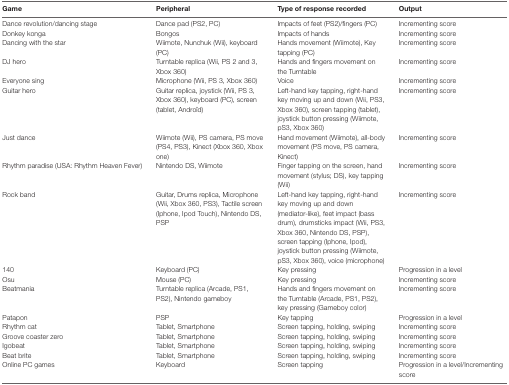
<table><thead><tr><td><b>Game</b></td><td><b>Peripheral</b></td><td><b>Type of response recorded</b></td><td><b>Output</b></td></tr></thead><tbody><tr><td>Dance revolution/dancing stage</td><td>Dance pad (PS2, PC)</td><td>Impacts of feet (PS2)/fingers (PC)</td><td>Incrementing score</td></tr><tr><td>Donkey konga</td><td>Bongos</td><td>Impacts of hands</td><td>Incrementing score</td></tr><tr><td>Dancing with the star</td><td>Wiimote, Nunchuk (Wii), keyboard (PC)</td><td>Hands movement (Wiimote), Key tapping (PC)</td><td>Incrementing score</td></tr><tr><td>DJ hero</td><td>Turntable replica (Wii, PS 2 and 3, Xbox 360)</td><td>Hands and fingers movement on the Turntable</td><td>Incrementing score</td></tr><tr><td>Everyone sing</td><td>Microphone (Wii, PS 3, Xbox 360)</td><td>Voice</td><td>Incrementing score</td></tr><tr><td>Guitar hero</td><td>Guitar replica, joystick (Wii, PS 3, Xbox 360), keyboard (PC), screen (tablet, Androîd)</td><td>Left-hand key tapping, right-hand key moving up and down (Wii, PS3, Xbox 360), screen tapping (tablet), joystick button pressing (Wiimote, pS3, Xbox 360)</td><td>Incrementing score</td></tr><tr><td>Just dance</td><td>Wiimote (Wii), PS camera, PS move (PS4, PS3), Kinect (Xbox 360, Xbox one)</td><td>Hand movement (Wiimote), all-body movement (PS move, PS camera, Kinect)</td><td>Incrementing score</td></tr><tr><td>Rhythm paradise (USA: Rhythm Heaven Fever)</td><td>Nintendo DS, Wiimote</td><td>Finger tapping on the screen, hand movement (stylus; DS), key tapping (Wii)</td><td>Incrementing score</td></tr><tr><td>Rock band</td><td>Guitar, Drums replica, Microphone (Wii, Xbox 360, PS3), Tactile screen (Iphone, Ipod Touch), Nintendo DS, PSP</td><td>Left-hand key tapping, right-hand key moving up and down (mediator-like), feet impact (bass drum), drumsticks impact (Wii, PS3, Xbox 360, Nintendo DS, PSP), screen tapping (Iphone, Ipod), joystick button pressing (Wiimote, pS3, Xbox 360), voice (microphone)</td><td>Incrementing score</td></tr><tr><td>140</td><td>Keyboard (PC)</td><td>Key pressing</td><td>Progression in a level</td></tr><tr><td>Osu</td><td>Mouse (PC)</td><td>Key pressing</td><td>Incrementing score</td></tr><tr><td>Beatmania</td><td>Turntable replica (Arcade, PS1, PS2), Nintendo gameboy</td><td>Hands and fingers movement on the Turntable (Arcade, PS1, PS2), key pressing (Gameboy color)</td><td>Incrementing score</td></tr><tr><td>Patapon</td><td>PSP</td><td>Key tapping</td><td>Progression in a level</td></tr><tr><td>Rhythm cat</td><td>Tablet, Smartphone</td><td>Screen tapping, holding, swiping</td><td>Incrementing score</td></tr><tr><td>Groove coaster zero</td><td>Tablet, Smartphone</td><td>Screen tapping, holding, swiping</td><td>Incrementing score</td></tr><tr><td>Igobeat</td><td>Tablet, Smartphone</td><td>Screen tapping, holding, swiping</td><td>Incrementing score</td></tr><tr><td>Beat brite</td><td>Tablet, Smartphone</td><td>Screen tapping, holding, swiping</td><td>Incrementing score</td></tr><tr><td>Online PC games</td><td>Keyboard</td><td>Screen tapping</td><td>Progression in a level/Incrementing score</td></tr></tbody></table>